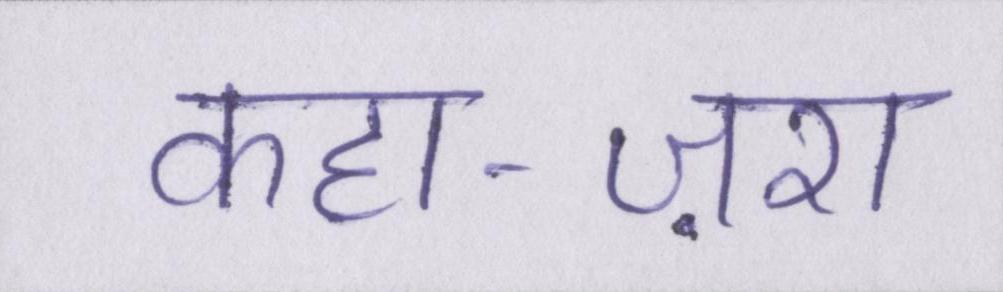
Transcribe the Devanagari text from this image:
कहा-ज़रा